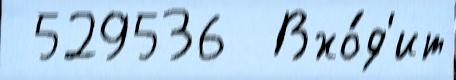
 529536  Вхо́д'ит